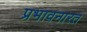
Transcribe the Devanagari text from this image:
प्रभावनारत